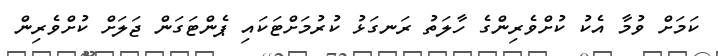
ކަމަށް ވުމާ އެކު ކުށްވެރިންގެ ހާލަތު ރަނގަޅު ކުރުމަށްޓަކައި ޕެންޓަގަން ޖަލަށް ކުށްވެރިން